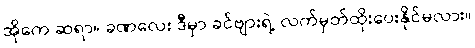
အိုကေ ဆရာ။ ခဏလေး ဒီမှာ ခင်ဗျားရဲ့ လက်မှတ်ထိုးပေးနိုင်မလား။